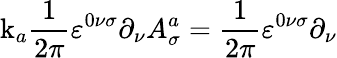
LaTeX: \mathrm{k}_{a}\frac{1}{2\pi}\varepsilon^{0\nu\sigma}\partial_{\nu}A_{\sigma}^{a}=\frac{1}{2\pi}\varepsilon^{0\nu\sigma}\partial_{\nu}